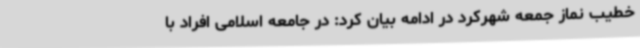
خطیب نماز جمعه شهرکرد در ادامه بیان کرد: در جامعه اسلامی افراد با